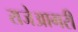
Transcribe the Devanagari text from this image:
राजेआगरी